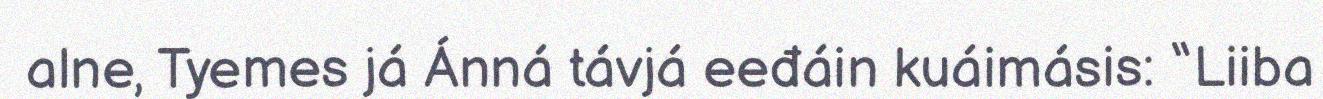
alne, Tyemes já Ánná távjá eeđáin kuáimásis: “Liiba